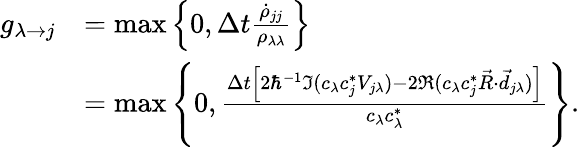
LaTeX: \begin{array}{rl}{g_{\lambda\rightarrow j}}&{=\operatorname*{max}\left\{ 0,\Delta t\frac{\dot{\rho}_{jj}}{\rho_{\lambda\lambda}}\right\} }\\ &{=\operatorname*{max}\left\{ 0,\frac{\Delta t\left[2\hbar^{-1}\Im(c_{\lambda}c_{j}^{*}V_{j\lambda})-2\Re(c_{\lambda}c_{j}^{*}\vec{R}\cdot\vec{d}_{j\lambda})\right]}{c_{\lambda}c_{\lambda}^{*}}\right\} .}\end{array}